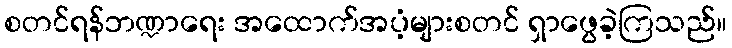
စတင်ရန်ဘဏ္ဍာရေး အထောက်အပံ့များစတင် ရှာဖွေခဲ့ကြသည်။